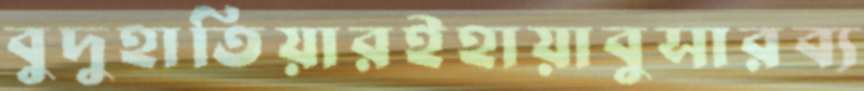
বুদুহাতিয়ারইহায়াবুসারব্য